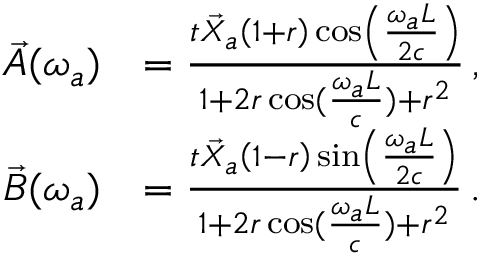
\begin{array} { r l } { \vec { A } ( \omega _ { a } ) } & { = \frac { t \vec { X } _ { a } \left( 1 + r \right) \cos \left( \frac { \omega _ { a } L } { 2 c } \right) } { 1 + 2 r \cos ( \frac { \omega _ { a } L } { c } ) + r ^ { 2 } } \, , } \\ { \vec { B } ( \omega _ { a } ) } & { = \frac { t \vec { X } _ { a } \left( 1 - r \right) \sin \left( \frac { \omega _ { a } L } { 2 c } \right) } { 1 + 2 r \cos ( \frac { \omega _ { a } L } { c } ) + r ^ { 2 } } \, . } \end{array}